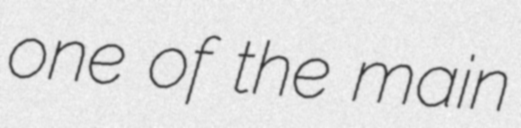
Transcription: one of the main